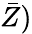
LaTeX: \bar{Z})